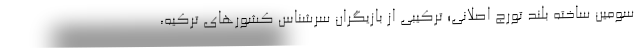
سومین ساخته بلند تورج اصلانی؛ ترکیبی از بازیگران سرشناس کشورهای ترکیه،